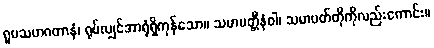
ရူပသဟဂတာနံ၊ ရုပ်လျှင်အာရုံရှိကုန်သော။ သမာပတ္တီနံဝါ၊ သမာပတ်တိုကိုလည်းကောင်း။